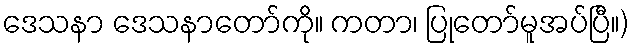
ဒေသနာ ဒေသနာတော်ကို။ ကတာ၊ ပြုတော်မူအပ်ပြီ။)